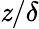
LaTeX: \mathit{z}/\delta